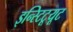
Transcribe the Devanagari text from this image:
इन्स्टिटूयूट